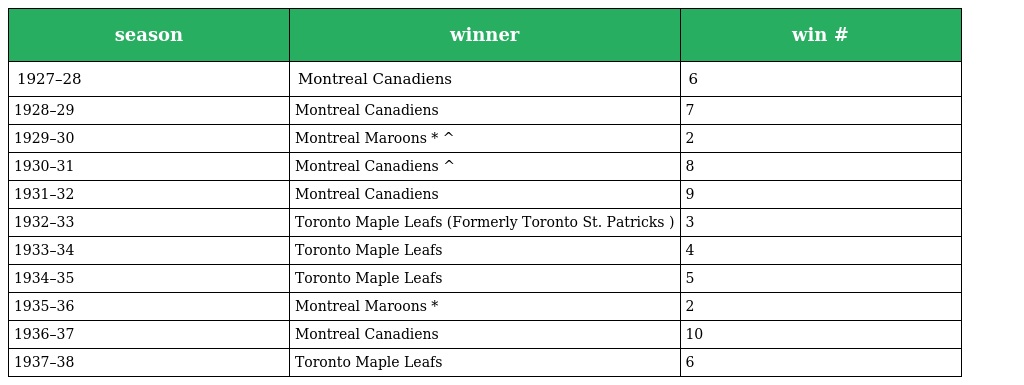
| season | winner | win # |
 | --- | --- | --- |
 | 1927–28 | Montreal Canadiens | 6 |
 | 1928–29 | Montreal Canadiens | 7 |
 | 1929–30 | Montreal Maroons * ^ | 2 |
 | 1930–31 | Montreal Canadiens ^ | 8 |
 | 1931–32 | Montreal Canadiens | 9 |
 | 1932–33 | Toronto Maple Leafs (Formerly Toronto St. Patricks ) | 3 |
 | 1933–34 | Toronto Maple Leafs | 4 |
 | 1934–35 | Toronto Maple Leafs | 5 |
 | 1935–36 | Montreal Maroons * | 2 |
 | 1936–37 | Montreal Canadiens | 10 |
 | 1937–38 | Toronto Maple Leafs | 6 |